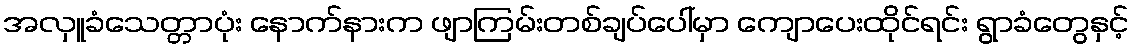
အလှူခံသေတ္တာပုံး နောက်နားက ဖျာကြမ်းတစ်ချပ်ပေါ်မှာ ကျောပေးထိုင်ရင်း ရွာခံတွေနှင့်